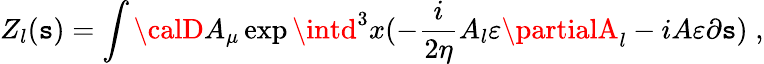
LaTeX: Z_{l}(\mathtt{s})=\int{\calD}A_{\mu}\exp\intd^{3}x(-\frac{i}{{2\eta}}A_{l}\varepsilon\partialA_{l}-iA\varepsilon\partial\mathtt{s})\; ,